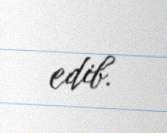
edib.